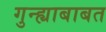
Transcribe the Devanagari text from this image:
गुन्ह्याबाबत